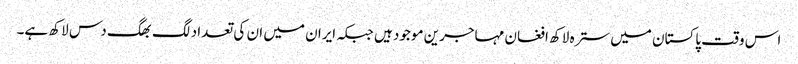
اس وقت پاکستان میں سترہ لاکھ افغان مہاجرین موجود ہیں جبکہ ایران میں ان کی تعداد لگ بھگ دس لاکھ ہے۔